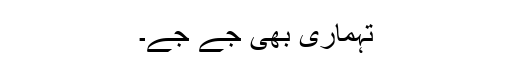
تہماری بھی جے جے۔